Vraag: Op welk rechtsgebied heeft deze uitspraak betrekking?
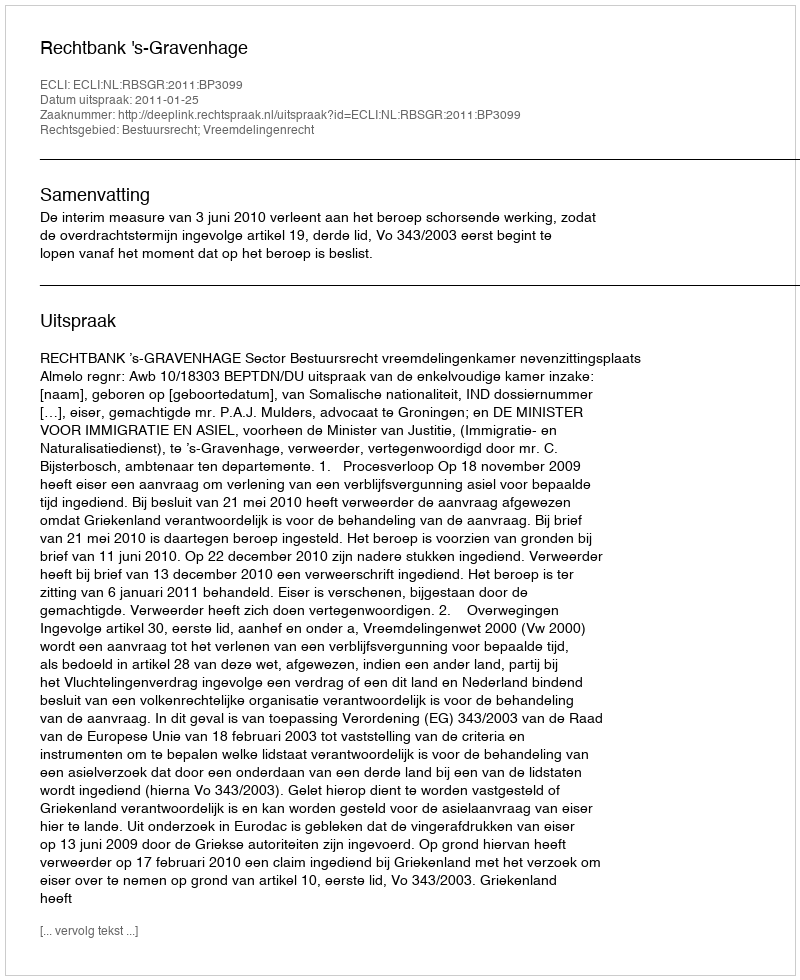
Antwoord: Bestuursrecht; Vreemdelingenrecht